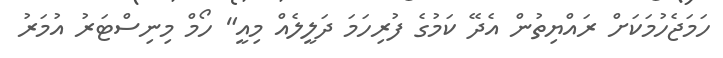
ހަމަޖެހުމަކަށް ރައްޔިތުން އެދޭ ކަމުގެ ފުރިހަމަ ދަލީލެއް މިއީ" ހޯމް މިނިސްޓަރު އުމަރު